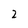
Character: 2